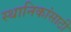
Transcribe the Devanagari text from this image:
स्थानिकांसाठी